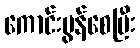
ကောင်းမွန်စေပြီး